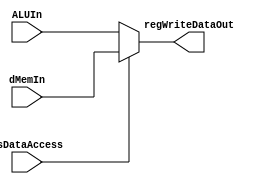
module WriteDataMux(dMemIn, ALUIn, isDataAccess, regWriteDataOut);

	input wire [31:0] dMemIn, ALUIn;
	input wire isDataAccess;
	
	output reg [31:0] regWriteDataOut;
	
	always @* begin
		if (isDataAccess)
			regWriteDataOut = dMemIn;
		else
			regWriteDataOut = ALUIn;
	
	end


endmodule